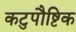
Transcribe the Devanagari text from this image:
कटुपौष्टिक